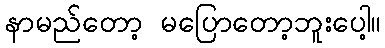
နာမည်တော့ မပြောတော့ဘူးပေါ့။